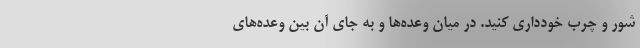
شور و چرب خودداری کنید. در میان وعده‌ها و به جای آن بین وعده‌های